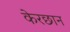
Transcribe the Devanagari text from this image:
केरछान